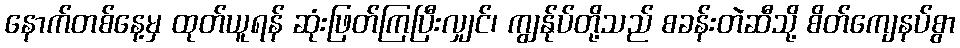
နောက်တစ်နေ့မှ ထုတ်ယူရန် ဆုံးဖြတ်ကြပြီးလျှင်၊ ကျွန်ုပ်တို့သည် စခန်းတဲဆီသို့ စိတ်ကျေနပ်စွာ